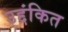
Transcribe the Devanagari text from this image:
उद्दंकित